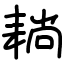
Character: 耥